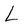
Character: L